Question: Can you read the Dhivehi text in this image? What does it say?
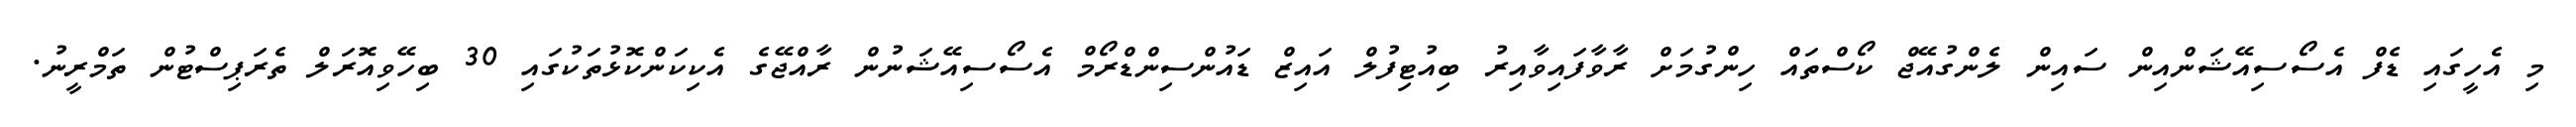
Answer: މި އެހީގައި ޑެފް އެސޯސިއޭޝަންއިން ސައިން ލެންގުއޭޖް ކޯސްތައް ހިންގުމަށް ރާވާފައިވާއިރު ބިއުޓިފުލް އައިޒް ޑައުންސިންޑްރޯމް އެސޯސިއޭޝަނުން ރާއްޖޭގެ އެކިކަންކޮޅުތަކުގައި 30 ބިހޭވިއޮރަލް ތެރަޕިސްޓުން ތަމްރީނު.